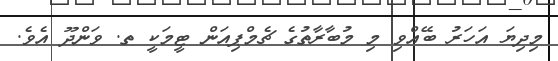
މިދިޔަ އަހަރު ބޭއްވި މި މުބާރާތުގެ ޗެމްޕިއަން ޓީމަކީ ތ. ވަންދޫ އެވެ.